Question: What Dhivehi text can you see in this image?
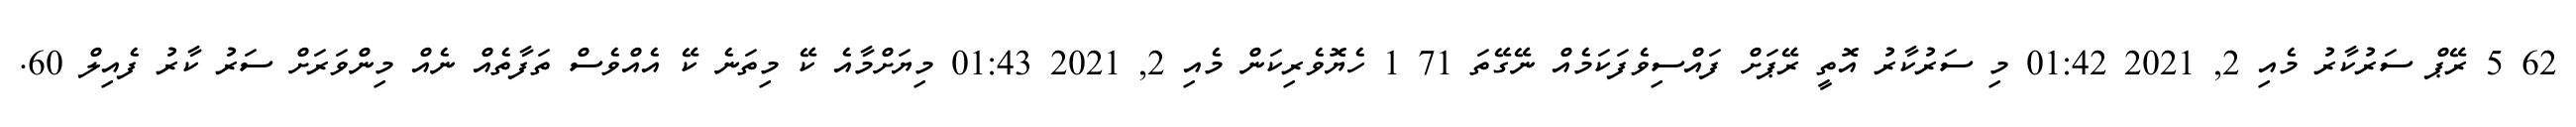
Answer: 62 5 ރޭޕް ސަރުކާރު މެއި 2, 2021 01:42 މި ސަރުކާރު އޮތީ ރޭޕަށް ފައްސިވެފަކަމެއް ނޭގޭތަ 71 1 ހެޔޮވެރިކަން މެއި 2, 2021 01:43 މިޔަށްމާއެ ކޭ މިތަނެ ކޭ އެއްވެސް ތަފާތެއް ނެއް މިންވަރަށް ސަރު ކާރު ފެއިލް 60.